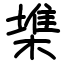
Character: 𣙇